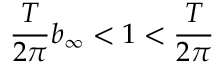
\frac { T } { 2 \pi } b _ { \infty } < 1 < \frac { T } { 2 \pi }